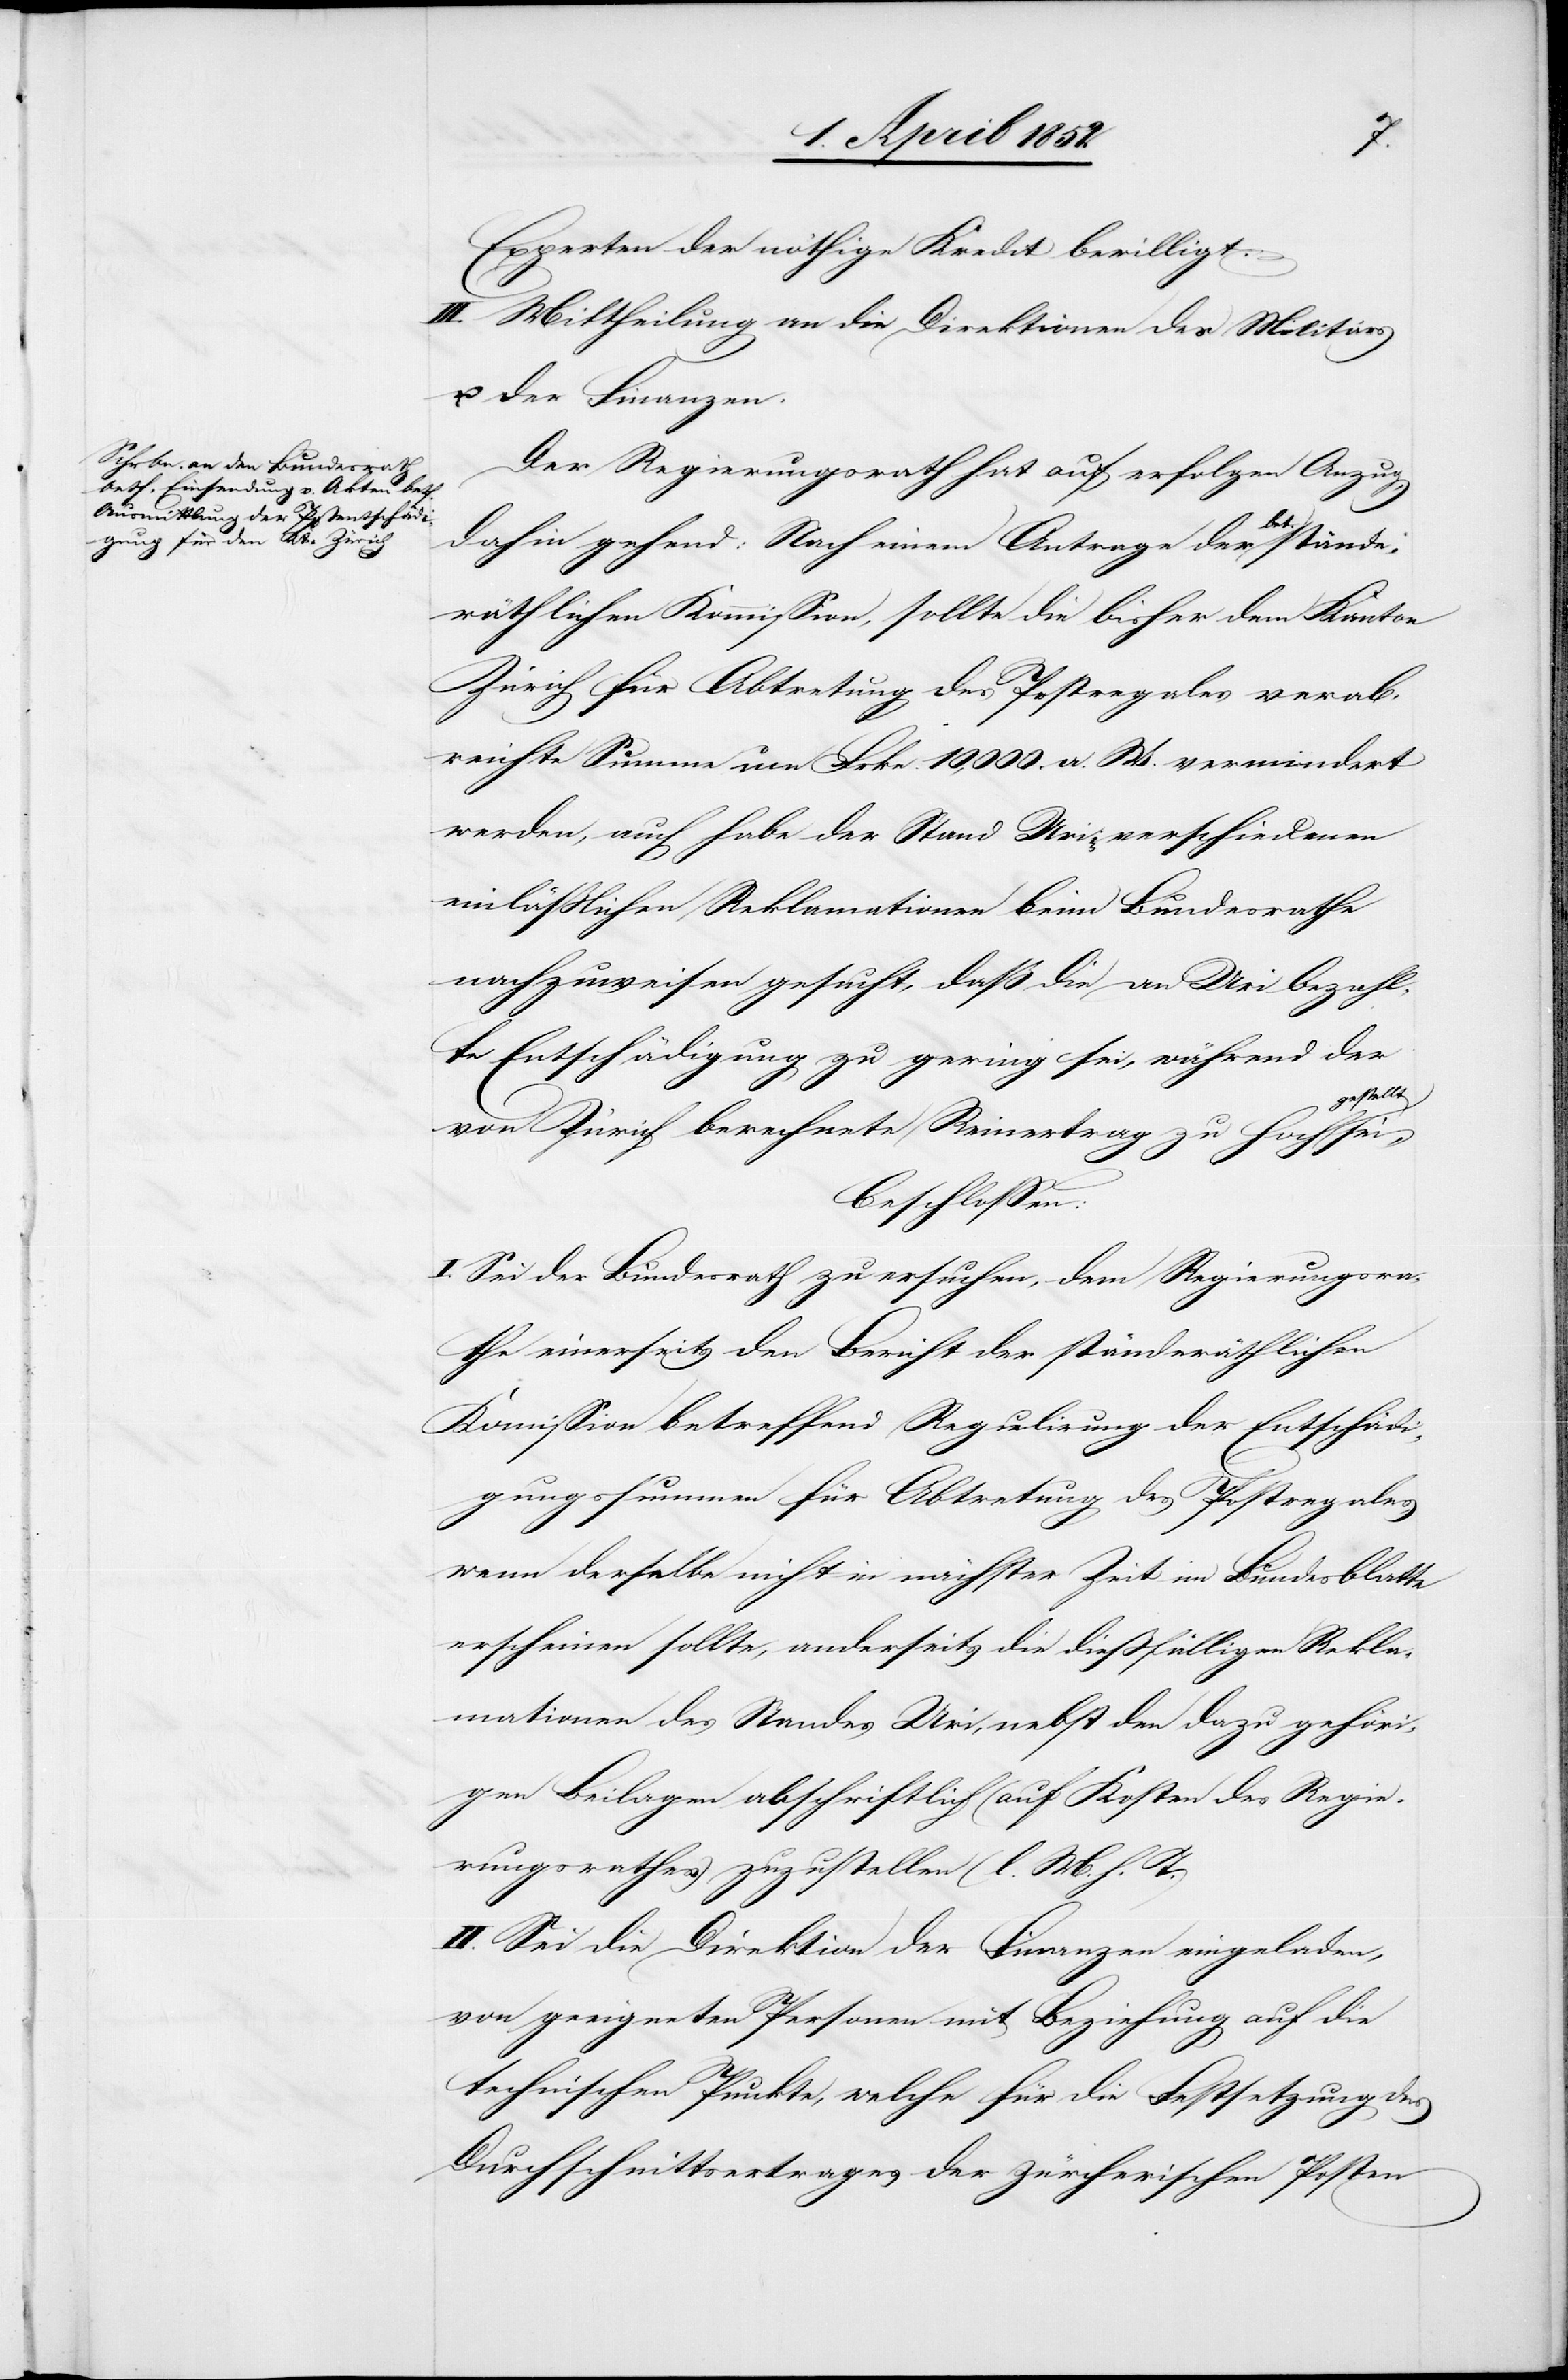
Experten der nöthige Kredit bewilligt.
III. Mittheilung an die Direktionen des Militärs
u. der Finanzen.
Der Regierungsrath hat auf erfolg[t]en Anzug,
dahin gehend: Nach einem Antrage der bet.
räthlichen Kommission, sollte die bisher dem Kanton
Zürich für Abtretung des Postregales verab¬
reichte Summe um Frkn. 10,000. a. W. vermindert
werden, auch habe der Stand Uri in verschiedenen
einlässlichen Reklamationen beim Bundesrathe
nachzuweisen gesucht, daß die an Uri bezahl¬
te Entschädigung zu gering sei, während der
gestellt
von Zürich berechnete Reinertrag zu hoch
beschlossen:
I. Sei der Bundesrath zu ersuchen, dem Regierungsra¬
the einerseits den Bericht der ständeräthlichen
Kom[m]ission betreffend Regulirung der Entschädi¬
gungssummen für Abtretung des Postregales,
wenn derselbe nicht in nächster Zeit im Bundesblatte
erscheinen sollte, anderseits die diessfälligen Rekla¬
mationen des Standes Uri, nebst den dazu gehöri¬
gen Beilagen abschriftlich (auf Kosten des Regie¬
rungsrathes) zuzustellen (l. M. h. T.)
II. Sei die Direktion der Finanzen eingeladen,
von geeigneten Personen mit Beziehung auf die
technischen Punkte, welche für die Festsetzung des
Durchschnittsertrages der zürcherischen Posten